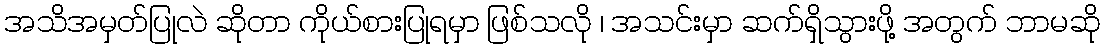
အသိအမှတ်ပြုလဲ ဆိုတာ ကိုယ်စားပြုရမှာ ဖြစ်သလို ၊ အသင်းမှာ ဆက်ရှိသွားဖို့ အတွက် ဘာမဆို